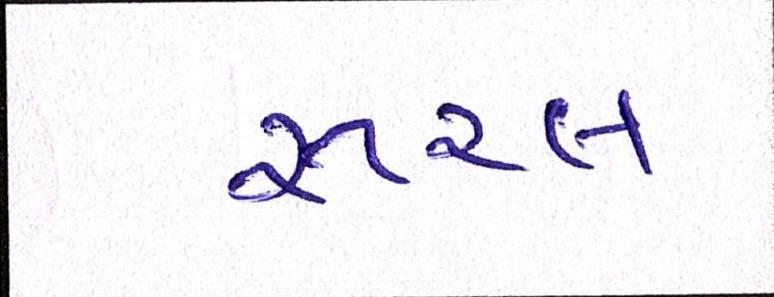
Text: રૂરલ